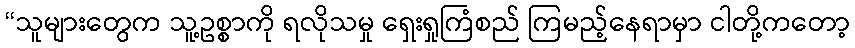
“သူများတွေက သူ့ဥစ္စာကို ရလိုသမှု ရှေးရှုကြံစည် ကြမည့်နေရာမှာ ငါတို့ကတော့